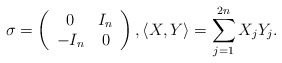
\begin{align*}\sigma=\left( \begin{array}{cc} 0 & I_n \\ -I_n & 0 \\ \end{array}\right), \langle X,Y \rangle=\sum_{j=1}^{2n}{X_j Y_j}.\end{align*}